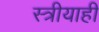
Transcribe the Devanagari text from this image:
स्त्रीयाही